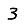
Digit: 3